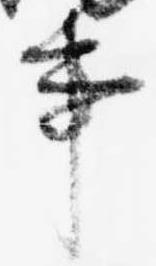
事